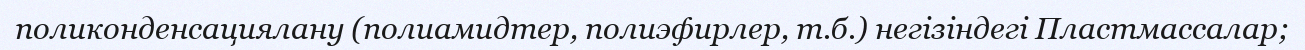
поликонденсациялану (полиамидтер, полиэфирлер, т.б.) негізіндегі Пластмассалар;